Manual of vaccination for the United Provinces of Agra and Oudh -
Year: 1903
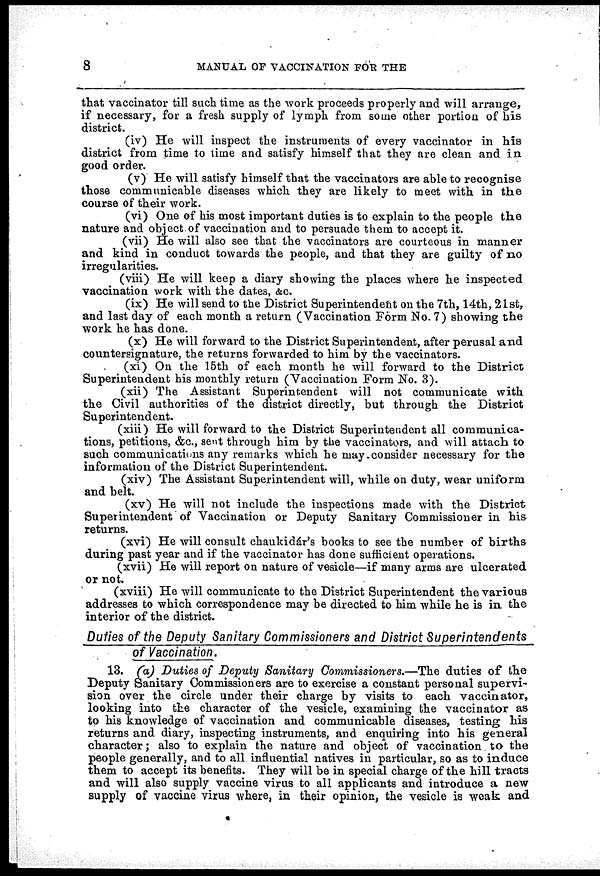
8
MANUAL OF VACCINATION FOR THE
that vaccinator till such time as the work proceeds properly and will arrange,
if necessary, for a fresh supply of lymph from some other portion of his
district.
(iv) He will inspect the instruments of every vaccinator in his
district from time to time and satisfy himself that they are clean and in
good order.
(v) He will satisfy himself that the vaccinators are able to recognise
those communicable diseases which they are likely to meet with in the
course of their work.
(vi) One of his most important duties is to explain to the people the
nature and object of vaccination and to persuade them to accept it.
(vii) He will also see that the vaccinators are courteous in manner
and kind in conduct towards the people, and that they are guilty of no
irregularities.
(viii) He will keep a diary showing the places where he inspected
vaccination work with the dates, &c.
(ix) He will send to the District Superintendent on the 7th, 14th, 21st,
and last day of each month a return (Vaccination Form No. 7) showing the
work he has done.
(x) He will forward to the District Superintendent, after perusal and
countersignature, the returns forwarded to him by the vaccinators.
(xi) On the 15th of each month he will forward to the District
Superintendent his monthly return (Vaccination Form No. 3).
(xii) The Assistant Superintendent will not communicate with
the Civil authorities of the district directly, but through the District
Superintendent.
(xiii) He will forward to the District Superintendent all communica-
tions, petitions, &c., sent through him by the vaccinators, and will attach to
such communications any remarks which he may consider necessary for the
information of the District Superintendent.
(xiv) The Assistant Superintendent will, while on duty, wear uniform
and belt.
(xv) He will not include the inspections made with the District
Superintendent of Vaccination or Deputy Sanitary Commissioner in his
returns.
(xvi) He will consult chaukidár's books to see the number of births
during past year and if the vaccinator has done sufficient operations.
(xvii) He will report on nature of vesicle—if many arms are ulcerated
or not.
(xviii) He will communicate to the District Superintendent the various
addresses to which correspondence may be directed to him while he is in the
interior of the district.
Duties of the Deputy Sanitary Commissioners and District
Superintendents
of Vaccination.
13. (a) Duties of Deputy Sanitary Commissioners.—The duties of the
Deputy Sanitary Commissioners are to exercise a constant personal supervi-
sion over the circle under their charge by visits to each vaccinator,
looking into the character of the vesicle, examining the vaccinator as
to his knowledge of vaccination and communicable diseases, testing his
returns and diary, inspecting instruments, and enquiring into his general
character; also to explain the nature and object of vaccination to the
people generally, and to all influential natives in particular, so as to induce
them to accept its benefits. They will be in special charge of the hill tracts
and will also supply vaccine virus to all applicants and introduce a new
supply of vaccine virus where, in their opinion, the vesicle is weak and